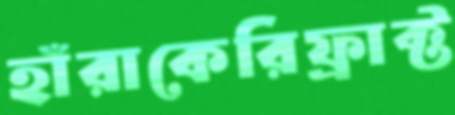
হাঁরাকেরিফ্রাক্ট